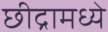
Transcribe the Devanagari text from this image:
छीद्रामध्ये